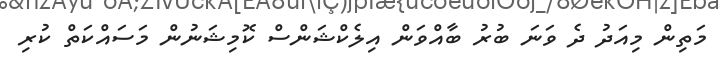
މަތިން މިއަދު ދެ ވަނަ ބުރު ބާއްވަން އިލެކްޝަންސް ކޮމިޝަނުން މަސައްކަތް ކުރި